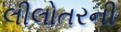
લીલોતરની